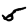
Digit: 5